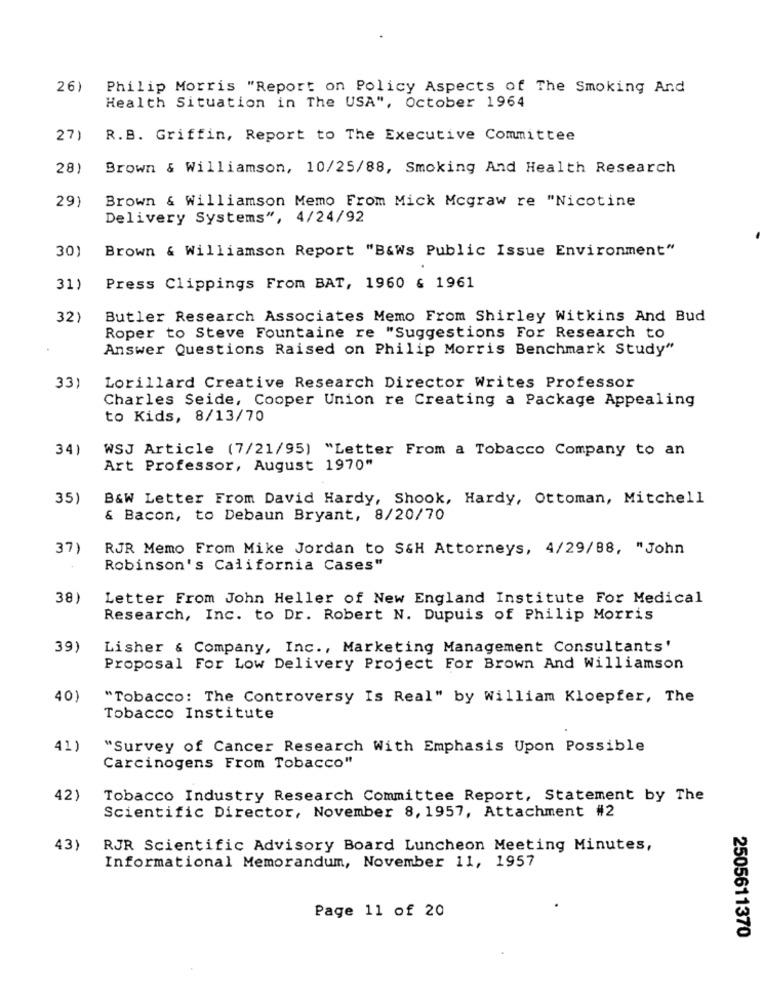
26)
Philip Morris "Report on Policy Aspects of The Smoking And
Health Situation in The USA", October 1964
27)
R.B. Griffin, Report to The Executive Committee
28)
Brown & Williamson, 10/25/88, Smoking And Health Research
29)
Brown & Williamson Memo From Mick Mcgraw re "Nicotine
Delivery Systems", 4/24/92
30)
Brown & Williamson Report "B&Ws Public Issue Environment"
31)
Press Clippings From BAT, 1960 & 1961
32)
Butler Research Associates Memo From Shirley Witkins And Bud
Roper to Steve Fountaine re "Suggestions For Research to
Answer Questions Raised on Philip Morris Benchmark Study"
33)
Lorillard Creative Research Director Writes Professor
Charles Seide, Cooper Union re Creating a Package Appealing
to Kids, 8/13/70
34)
WSJ Article (7/21/95) "Letter From a Tobacco Company to an
Art Professor, August 1970"
35)
B&W Letter From David Hardy, Shook, Hardy, Ottoman, Mitchell
& Bacon, to Debaun Bryant, 8/20/70
37)
RJR Memo From Mike Jordan to S&H Attorneys, 4/29/88, "John
Robinson's California Cases"
38)
Letter From John Heller of New England Institute For Medical
Research, Inc. to Dr. Robert N. Dupuis of Philip Morris
39)
Lisher & Company, Inc ., Marketing Management Consultants'
Proposal For Low Delivery Project For Brown And Williamson
40
"Tobacco: The Controversy Is Real" by William Kloepfer, The
Tobacco Institute
41)
"Survey of Cancer Research With Emphasis Upon Possible
Carcinogens From Tobacco"
42)
Tobacco Industry Research Committee Report, Statement by The
Scientific Director, November 8, 1957, Attachment #2
43)
RJR Scientific Advisory Board Luncheon Meeting Minutes,
Informational Memorandum, November 11, 1957
Page 11 of 20
2505611370